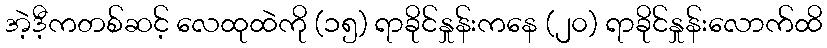
အဲ့ဒီ့ကတစ်ဆင့် လေထုထဲကို (၁၅) ရာခိုင်နှုန်းကနေ (၂၀) ရာခိုင်နှုန်းလောက်ထိ